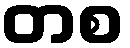
တစ